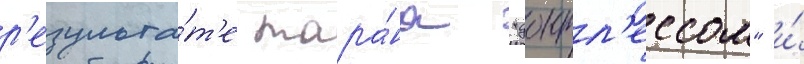
р'езульта́т'е тара́на "донтл'ессом" и́